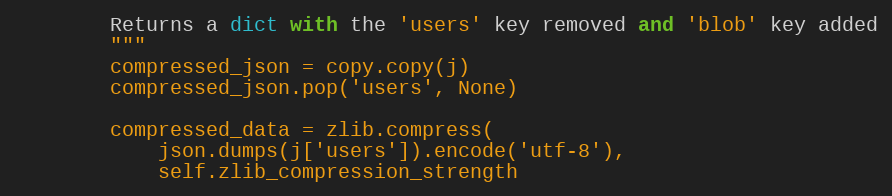
Language: Python
        Returns a dict with the 'users' key removed and 'blob' key added
        """
        compressed_json = copy.copy(j)
        compressed_json.pop('users', None)

        compressed_data = zlib.compress(
            json.dumps(j['users']).encode('utf-8'),
            self.zlib_compression_strength